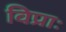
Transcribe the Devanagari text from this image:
विप्राः